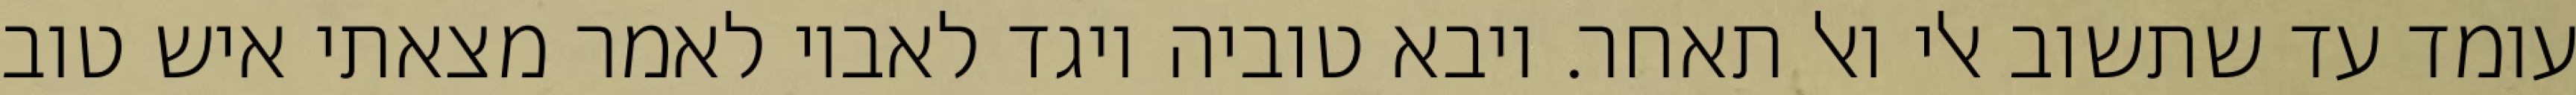
עומד עד שתשוב אלי ואל תאחר. ויבא טוביה ויגד לאביו לאמר מצאתי איש טוב